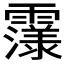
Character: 𮦴